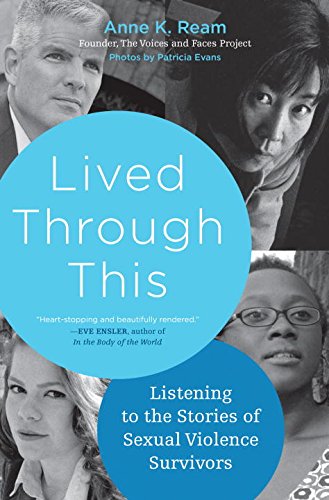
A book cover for Lived Through This: Listening to the Stories of Sexual Violence Survivors; Anne K. Ream; Politics & Social Sciences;